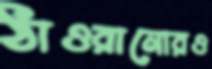
ঠাওরানোরও